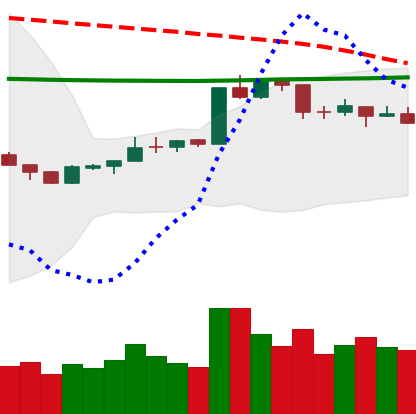
Ticker: ETH-USD
Chart end date: 2020-04-15
Forward return: 12.402%
Label: up_7plus